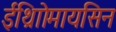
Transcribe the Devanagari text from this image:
ईथ्राोिमायसिन